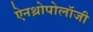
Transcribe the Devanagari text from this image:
ऐनथ्रोपोलॉजी